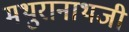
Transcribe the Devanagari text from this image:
मथुरानाथजी